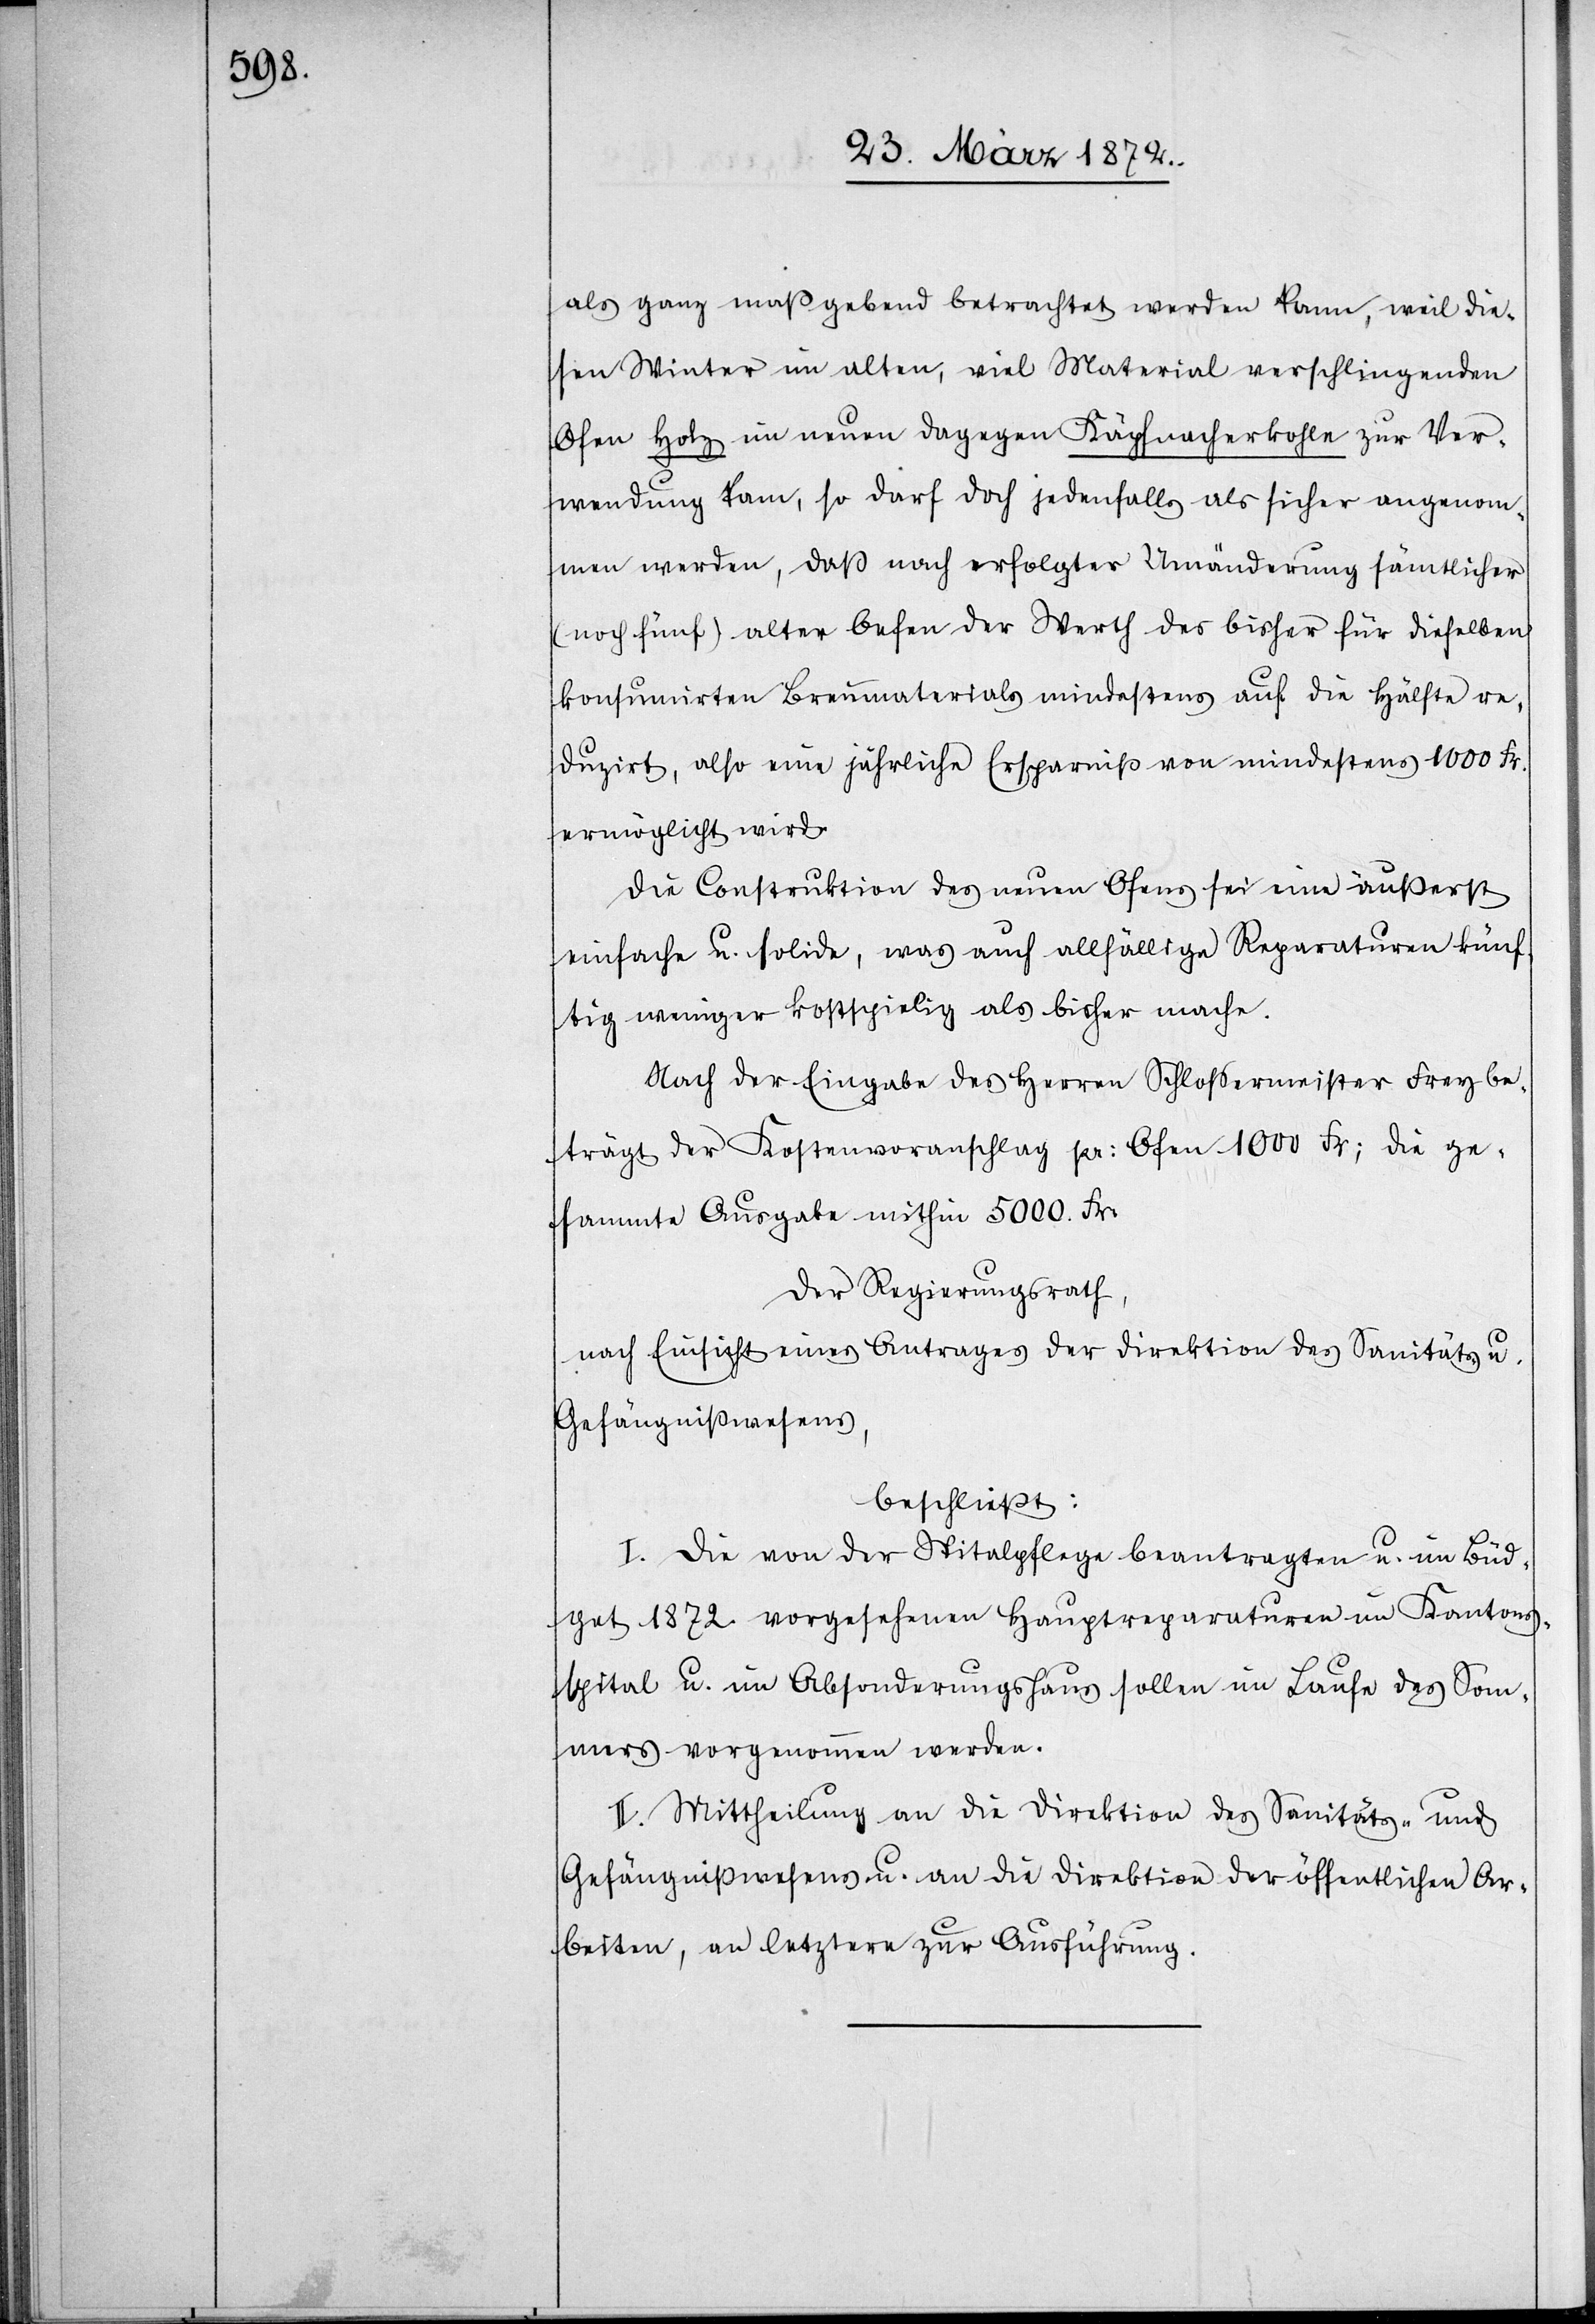
als ganz maßgebend betrachtet werden kann, weil die¬
sen Winter im alten, viel Material verschlingenden
Ofen Holz im neuen dagegen Käpfnacherkohle zur Ver¬
wendung kam, so darf doch jedenfalls als sicher angenom¬
men werden, daß nach erfolgter Umänderung sämtlicher
(noch fünf) alter Oefen der Werth des bisher für dieselben
konsumirten Brennmaterials mindestens auf die Hälfte re¬
duzirt, also eine jährliche Ersparniß von mindestens 1000 Fr.
ermöglicht wird.[“]
Die Construktion des neuen Ofens sei eine äußerst
einfache u. solide, was auch allfällige Reparaturen künf¬
tig weniger kostspielig als bisher mache.
Nach der Eingabe des Herren Schlossermeister Frey be¬
trägt der Kostenvoranschlag pr: Ofen 1000 Fr; die ge¬
sammte Ausgabe mithin 5000. Fr:
Der Regierungsrath,
nach Einsicht eines Antrages der Direktion des Sanitäts- u.
Gefängnißwesens,
beschließt:
I. Die von der Spitalpflege beantragten u. im Büd¬
get 1872. vorgesehenen Hauptreparaturen im Kantons¬
spital u. im Absonderungshaus sollen im Laufe des Som¬
mers vorgenommen werden.
II. Mittheilung an die Direktion des Sanitäts- und
Gefängnißwesens u. an die Direktion der öffentlichen Ar¬
beiten, an letztere zur Ausführung.